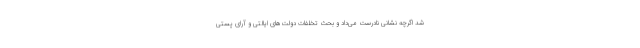
شد اگرچه نشانی نادرست می‌داد و بحث تخلفات دولت‌های ایالتی و آرای پُستی